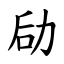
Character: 劶